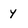
Character: y